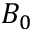
B _ { 0 }